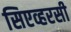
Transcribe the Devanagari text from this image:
सिएव्हरसी